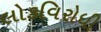
લોકવિરોધી